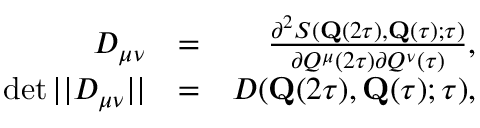
\begin{array} { r l r } { D _ { \mu \nu } } & { = } & { \frac { \partial ^ { 2 } S ( \mathbf { Q } ( 2 \tau ) , \mathbf { Q } ( \tau ) ; \tau ) } { \partial { Q } ^ { \mu } ( 2 \tau ) \partial { Q } ^ { \nu } ( \tau ) } , } \\ { \operatorname* { d e t } | | D _ { \mu \nu } | | } & { = } & { D ( \mathbf { Q } ( 2 \tau ) , \mathbf { Q } ( \tau ) ; \tau ) , } \end{array}